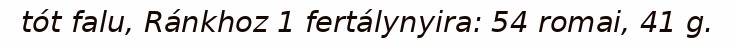
tót falu, Ránkhoz 1 fertálynyira: 54 romai, 41 g.